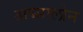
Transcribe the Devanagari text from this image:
अब्सालोन